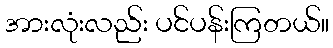
အားလုံးလည်း ပင်ပန်းကြတယ်။